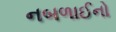
નબળાઈનો